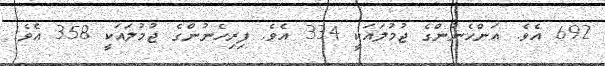
692 އެވެ. އަންހެނުންގެ ޖުމުލައަކީ 334 އެވެ. ފިރިހެނުންގެ ޖުމުލައަކީ 358 އެވެ.